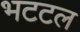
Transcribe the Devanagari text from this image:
भटटल